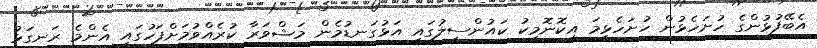
އެބޭފުޅުންގެ ހުށަހެޅުން ހުށަހެޅީމަ އިކޮނޮމިކު ކައުންސިލުގައި އަޅުގަނޑުމެން މަޝްވަރާ ކުރެއްވުމަށްފަހުގައި އެންމެ ރަނގަޅު